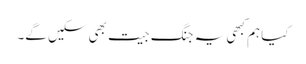
کیا ہم کبھی یہ جنگ جیت بھی سکیں گے۔